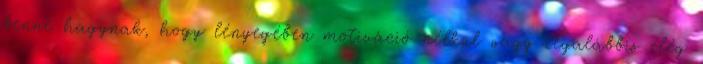
benne hagynak, hogy lényegében motiváció nélkül vagy legalábbis elég